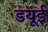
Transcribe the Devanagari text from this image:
डयूई